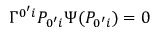
\Gamma ^ { 0 ^ { \prime } i } P _ { 0 ^ { \prime } i } \Psi ( P _ { 0 ^ { \prime } i } ) = 0